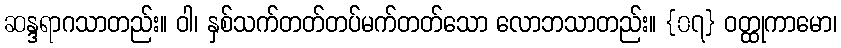
ဆန္ဒရာဂသာတည်း။ ဝါ၊ နှစ်သက်တတ်တပ်မက်တတ်သော လောဘသာတည်း။ {၀၇} ဝတ္ထုကာမော၊